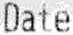
DATE